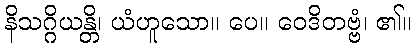
နိသဂ္ဂိယန္တိ၊ ယံဟူသော။ ပေ။ ဝေဒိတဗ္ဗံ၊ ၏။